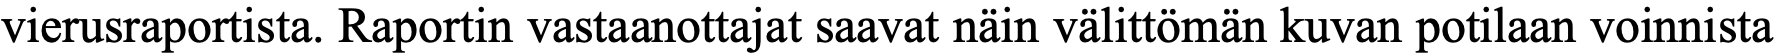
vierusraportista. Raportin vastaanottajat saavat näin välittömän kuvan potilaan voinnista